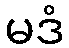
မဒံ